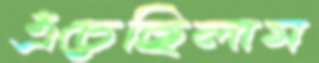
এঁচেছিলাম